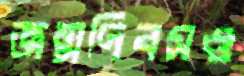
জন্মদিবসও